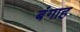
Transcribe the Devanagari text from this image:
बंगाह